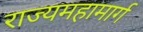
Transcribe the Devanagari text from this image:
राज्यमहामार्ग